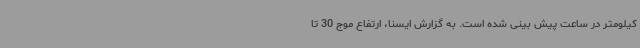
کیلومتر در ساعت پیش بینی شده است. به گزارش ایسنا، ارتفاع موج 30 تا